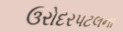
ઉરોદરપટલના